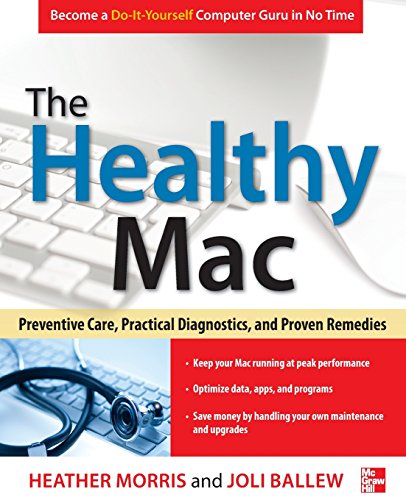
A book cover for The Healthy Mac: Preventive Care, Practical Diagnostics, and Proven Remedies; Heather Morris; Computers & Technology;